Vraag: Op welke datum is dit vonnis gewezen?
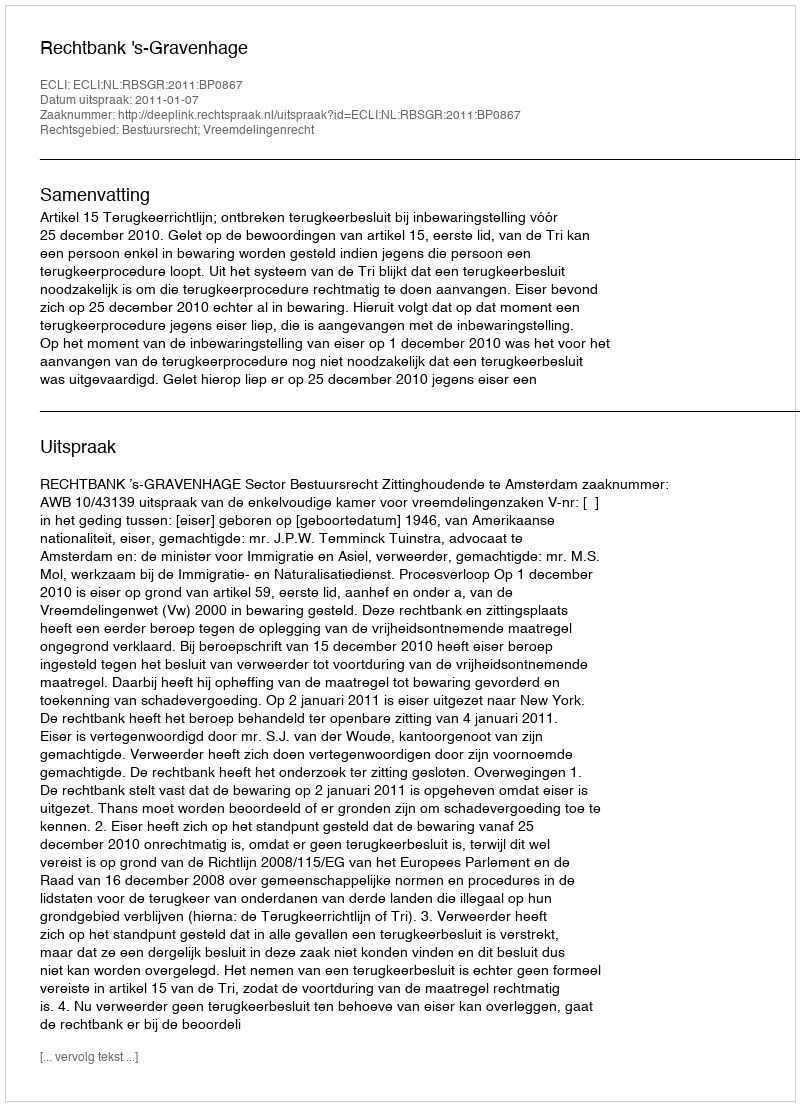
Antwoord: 2011-01-07